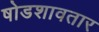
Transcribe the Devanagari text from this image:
षोडशावतार